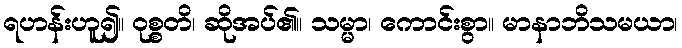
ရဟန်းဟူ၍။ ဝုစ္စတိ၊ ဆိုအပ်၏။ သမ္မာ၊ ကောင်းစွာ။ မာနာဘိသမယာ၊